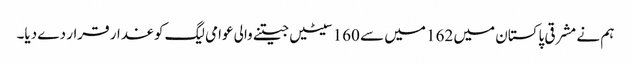
ہم نے مشرقی پاکستان میں 162 میں سے 160 سیٹیں جیتنے والی عوامی لیگ کو غدار قرار دے دیا۔